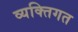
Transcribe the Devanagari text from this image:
व्यक्‍तिगत